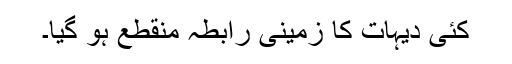
کئی دیہات کا زمینی رابطہ منقطع ہو گیا۔